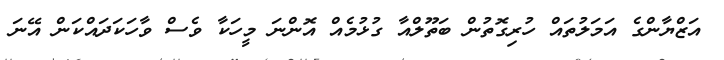
އަޒްޔާންގެ އަމަލުތައް ހުރިގޮތުން ބަތޫލްއާ ގުޅުމެއް އޮންނަ މީހަކާ ވެސް ވާހަކަދައްކަން އޭނަ